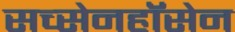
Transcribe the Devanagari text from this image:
सच्सेनहॉसेन